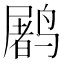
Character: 𱊩